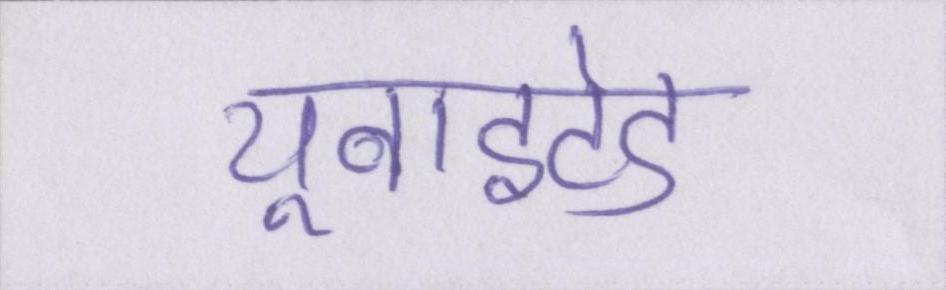
यूनाइटेड